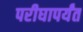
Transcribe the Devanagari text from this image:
परीघापर्यंत